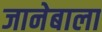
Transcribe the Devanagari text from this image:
जानेबाला